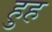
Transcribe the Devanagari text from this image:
हुह